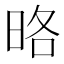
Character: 𭥵